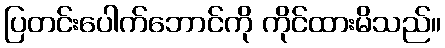
ပြတင်းပေါက်ဘောင်ကို ကိုင်ထားမိသည်။